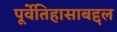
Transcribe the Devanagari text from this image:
पूर्वेतिहासाबद्दल